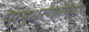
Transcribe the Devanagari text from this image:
प्रभुशरणतेच्या